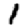
Digit: 1